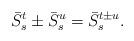
LaTeX: \begin{align*}\bar{S}^{t}_{s}\pm \bar{S}^{u}_{s}=\bar{S}^{t\pm u}_{s}.\end{align*}